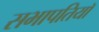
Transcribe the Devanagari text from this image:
सभापतियॉ